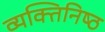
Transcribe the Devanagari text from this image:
व्यक्‍तिनिष्‍ठ